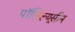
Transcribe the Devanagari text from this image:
पॉलिल्यूसीन